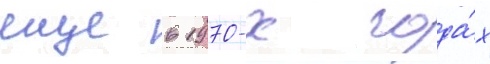
еще в 1970-х года́х